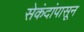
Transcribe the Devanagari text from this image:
सेकंदांपासून